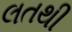
લતથી